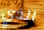
الذي